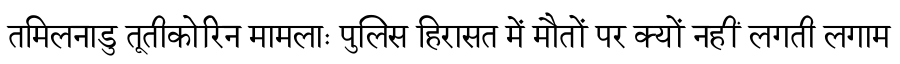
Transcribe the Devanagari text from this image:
तमिलनाडु तूतीकोरिन मामलाः पुलिस हिरासत में मौतों पर क्यों नहीं लगती लगाम